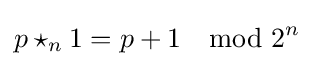
p\star _{n}1=p+1\mod {2^{n}}